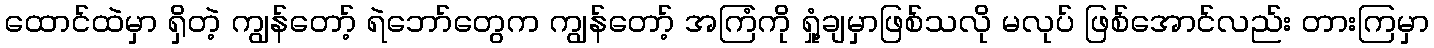
ထောင်ထဲမှာ ရှိတဲ့ ကျွန်တော့် ရဲဘော်တွေက ကျွန်တော့် အကြံကို ရှုံ့ချမှာဖြစ်သလို မလုပ် ဖြစ်အောင်လည်း တားကြမှာ